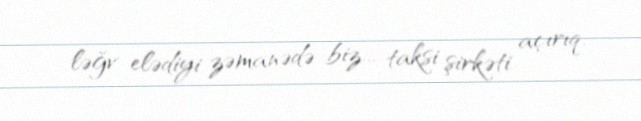
ləğv elədiyi zəmanədə biz... taksi şirkəti açırıq.